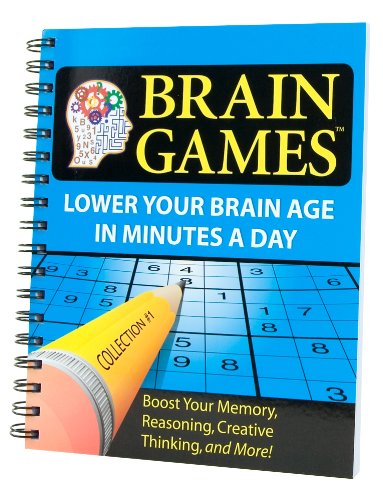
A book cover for Brain Games #1: Lower Your Brain Age in Minutes a Day (Brain Games (Numbered)); Humor & Entertainment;